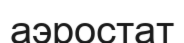
аэростат